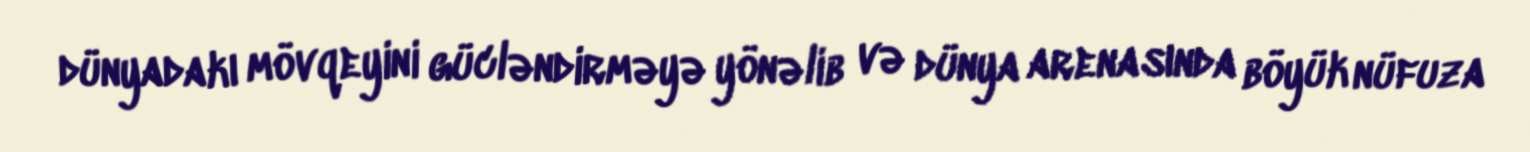
dünyadakı mövqeyini gücləndirməyə yönəlib və dünya arenasında böyük nüfuza